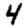
Digit: 4